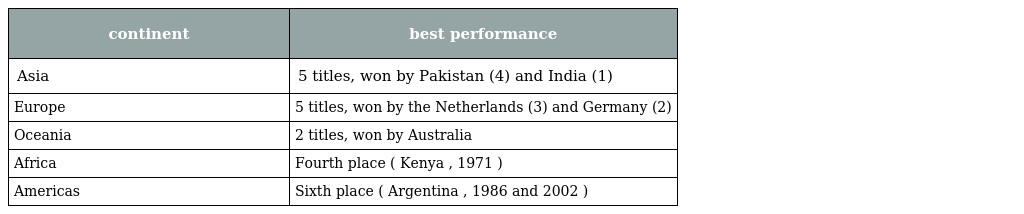
| continent | best performance |
 | --- | --- |
 | Asia | 5 titles, won by Pakistan (4) and India (1) |
 | Europe | 5 titles, won by the Netherlands (3) and Germany (2) |
 | Oceania | 2 titles, won by Australia |
 | Africa | Fourth place ( Kenya , 1971 ) |
 | Americas | Sixth place ( Argentina , 1986 and 2002 ) |